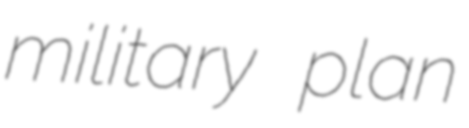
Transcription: military plan